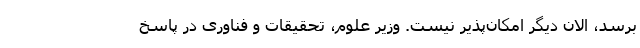
برسد، الان دیگر امکان‌پذیر نیست. وزیر علوم، تحقیقات و فناوری در پاسخ